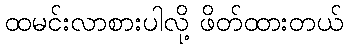
ထမင်းလာစားပါလို့ ဖိတ်ထားတယ်